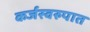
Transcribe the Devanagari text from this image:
कर्जस्वरुपात